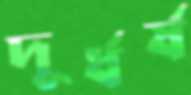
দূর্ধর্ষ